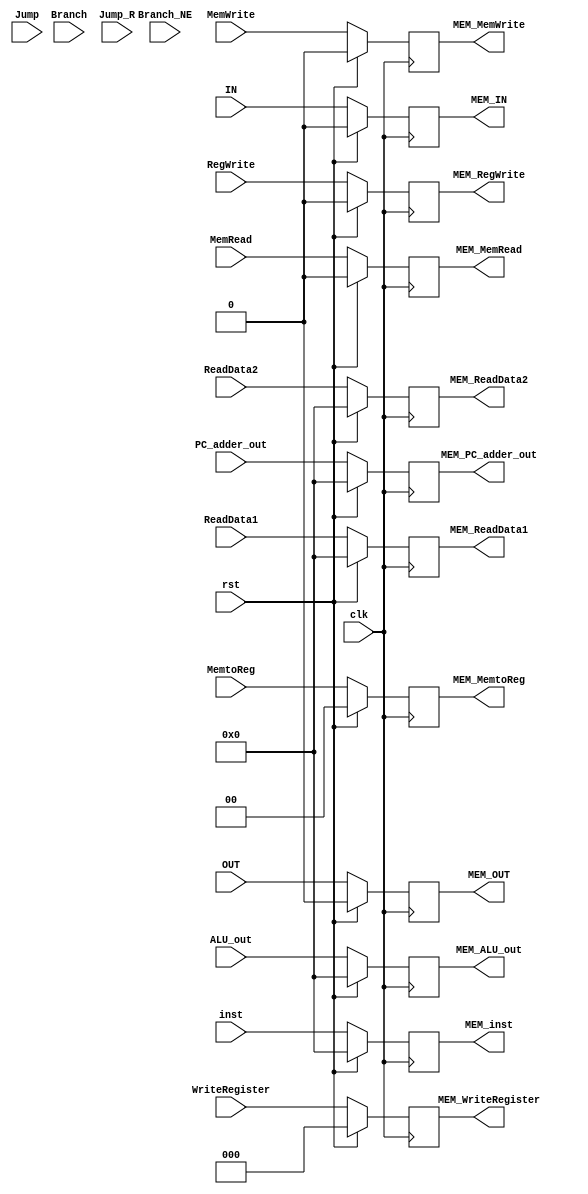
module EXE2MEM #(parameter n=16)(
		output reg [n-1:0] MEM_PC_adder_out,MEM_inst,MEM_ALU_out , MEM_ReadData2 , MEM_ReadData1 ,
		output reg         MEM_MemRead , MEM_MemWrite , MEM_IN , MEM_OUT , MEM_RegWrite  ,
		output reg [1:0]   MEM_MemtoReg ,
		output reg [2:0]   MEM_WriteRegister ,
		input      [n-1:0] PC_adder_out,inst,ALU_out,ReadData2, ReadData1 ,
		input              MemRead,MemWrite , IN,OUT,RegWrite, Branch , Branch_NE, Jump ,Jump_R ,
		input      [1:0]   MemtoReg,
		input      [2:0]   WriteRegister ,
		input              clk,rst
 );


  always @ (posedge clk) begin
    if (rst) begin
      {MEM_PC_adder_out,MEM_inst,MEM_ALU_out , MEM_ReadData2 ,MEM_ReadData1, MEM_MemRead , MEM_MemWrite , MEM_IN,MEM_OUT , MEM_RegWrite   , MEM_MemtoReg ,MEM_WriteRegister} <= 0;
    end
    else begin
	  MEM_PC_adder_out <= PC_adder_out;
      MEM_inst <= inst;
      MEM_ALU_out <= ALU_out;
      MEM_ReadData1 <= ReadData1;
      MEM_ReadData2 <= ReadData2;
      MEM_MemRead <= MemRead;
      MEM_MemWrite <= MemWrite;
      MEM_IN <= IN;
      MEM_OUT <= OUT;
      MEM_RegWrite <= RegWrite;
      MEM_MemtoReg <= MemtoReg;
      MEM_WriteRegister <= WriteRegister;

    end
  end

endmodule  // EXE2MEM